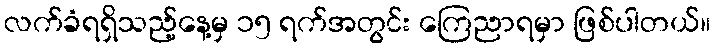
လက်ခံရရှိသည့်နေ့မှ ၁၅ ရက်အတွင်း ကြေညာရမှာ ဖြစ်ပါတယ်။